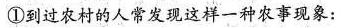
①到过农村的人靠发现这样一种容事现象；